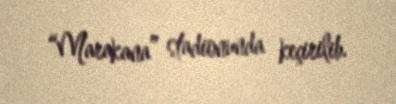
“Marakana” stadionunda keçirilib.